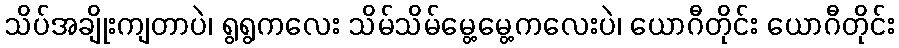
သိပ်အချိုးကျတာပဲ၊ ရွရွကလေး သိမ်သိမ်မွေ့မွေ့ကလေးပဲ၊ ယောဂီတိုင်း ယောဂီတိုင်း